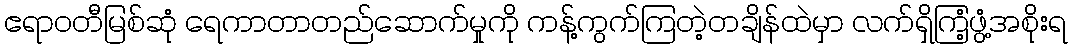
ဧရာဝတီမြစ်ဆုံ ရေကာတာတည်ဆောက်မှုကို ကန့်ကွက်ကြတဲ့တချိန်ထဲမှာ လက်ရှိကြံ့ဖွံ့အစိုးရ